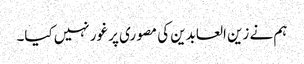
ہم نے زین العابدین کی مصوری پر غور نہیں کیا۔